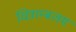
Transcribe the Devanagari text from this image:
चित्राम्बलम